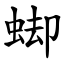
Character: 䖼